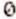
0